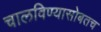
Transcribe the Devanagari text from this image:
चालविण्यासोबतच